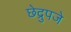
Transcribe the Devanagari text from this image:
छेद्रुपजे